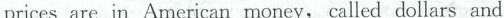
prices are in American money, called dollars and